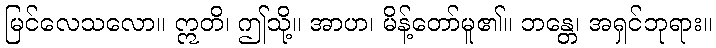
မြင်လေသလော။ ဣတိ၊ ဤသို့။ အာဟ၊ မိန့်တော်မူ၏။ ဘန္တေ၊ အရှင်ဘုရား။